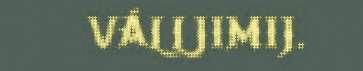
VÁLLJIMIJ.